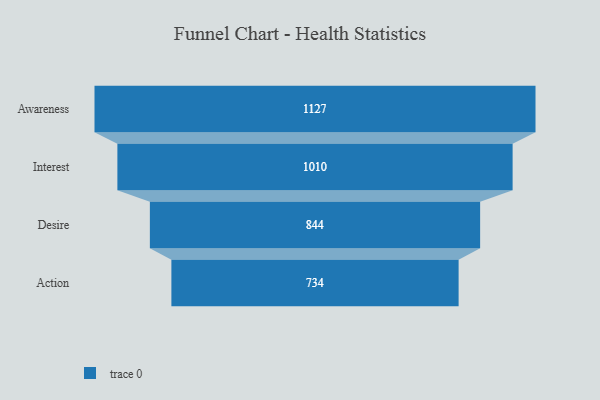
{"axis": {"x": "Stage", "y": "Value"}, "legend": [""], "data": [{"x": "Awareness", "y": 1127.0, "type": ""}, {"x": "Interest", "y": 1010.0, "type": ""}, {"x": "Desire", "y": 844.0, "type": ""}, {"x": "Action", "y": 734.0, "type": ""}]}